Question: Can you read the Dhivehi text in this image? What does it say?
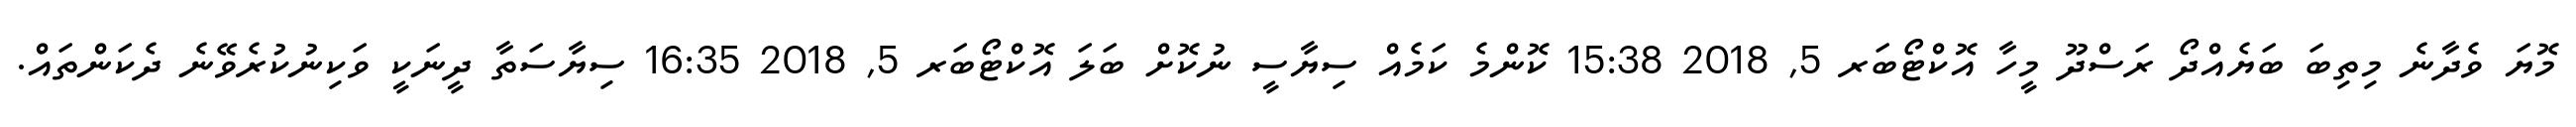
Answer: މޮޔަ ވެދާނެ މިތިބަ ބަޔެއްދޯ ރަސްދޫ މީހާ އޮކްޓޯބަރ 5, 2018 15:38 ކޮންމެ ކަމެއް ސިޔާސީ ނުކޮށް ބަލަ އޮކްޓޯބަރ 5, 2018 16:35 ސިޔާސަތާ ދީނަކީ ވަކިނުކުރެވޭނެ ދެކަންތައް.